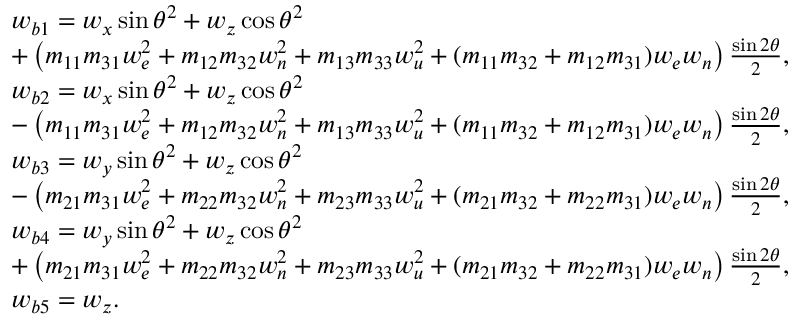
\begin{array} { r l } & { w _ { b 1 } = w _ { x } \sin \theta ^ { 2 } + w _ { z } \cos \theta ^ { 2 } } \\ & { + \left( m _ { 1 1 } m _ { 3 1 } w _ { e } ^ { 2 } + m _ { 1 2 } m _ { 3 2 } w _ { n } ^ { 2 } + m _ { 1 3 } m _ { 3 3 } w _ { u } ^ { 2 } + ( m _ { 1 1 } m _ { 3 2 } + m _ { 1 2 } m _ { 3 1 } ) w _ { e } w _ { n } \right) \frac { \sin { 2 \theta } } { 2 } , } \\ & { w _ { b 2 } = w _ { x } \sin \theta ^ { 2 } + w _ { z } \cos \theta ^ { 2 } } \\ & { - \left( m _ { 1 1 } m _ { 3 1 } w _ { e } ^ { 2 } + m _ { 1 2 } m _ { 3 2 } w _ { n } ^ { 2 } + m _ { 1 3 } m _ { 3 3 } w _ { u } ^ { 2 } + ( m _ { 1 1 } m _ { 3 2 } + m _ { 1 2 } m _ { 3 1 } ) w _ { e } w _ { n } \right) \frac { \sin { 2 \theta } } { 2 } , } \\ & { w _ { b 3 } = w _ { y } \sin \theta ^ { 2 } + w _ { z } \cos \theta ^ { 2 } } \\ & { - \left( m _ { 2 1 } m _ { 3 1 } w _ { e } ^ { 2 } + m _ { 2 2 } m _ { 3 2 } w _ { n } ^ { 2 } + m _ { 2 3 } m _ { 3 3 } w _ { u } ^ { 2 } + ( m _ { 2 1 } m _ { 3 2 } + m _ { 2 2 } m _ { 3 1 } ) w _ { e } w _ { n } \right) \frac { \sin { 2 \theta } } { 2 } , } \\ & { w _ { b 4 } = w _ { y } \sin \theta ^ { 2 } + w _ { z } \cos \theta ^ { 2 } } \\ & { + \left( m _ { 2 1 } m _ { 3 1 } w _ { e } ^ { 2 } + m _ { 2 2 } m _ { 3 2 } w _ { n } ^ { 2 } + m _ { 2 3 } m _ { 3 3 } w _ { u } ^ { 2 } + ( m _ { 2 1 } m _ { 3 2 } + m _ { 2 2 } m _ { 3 1 } ) w _ { e } w _ { n } \right) \frac { \sin { 2 \theta } } { 2 } , } \\ & { w _ { b 5 } = w _ { z } . } \end{array}